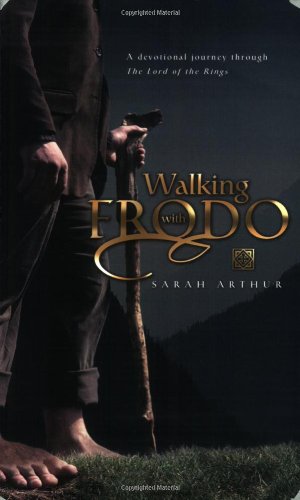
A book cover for Walking With Frodo: A Devotional Journey Through the Lord of the Rings; Sarah Arthur; Christian Books & Bibles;